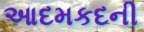
આદમકદની